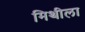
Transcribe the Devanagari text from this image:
मिथीला